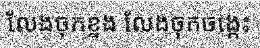
លែងចុកខ្នង លែងចុកចង្កេះ